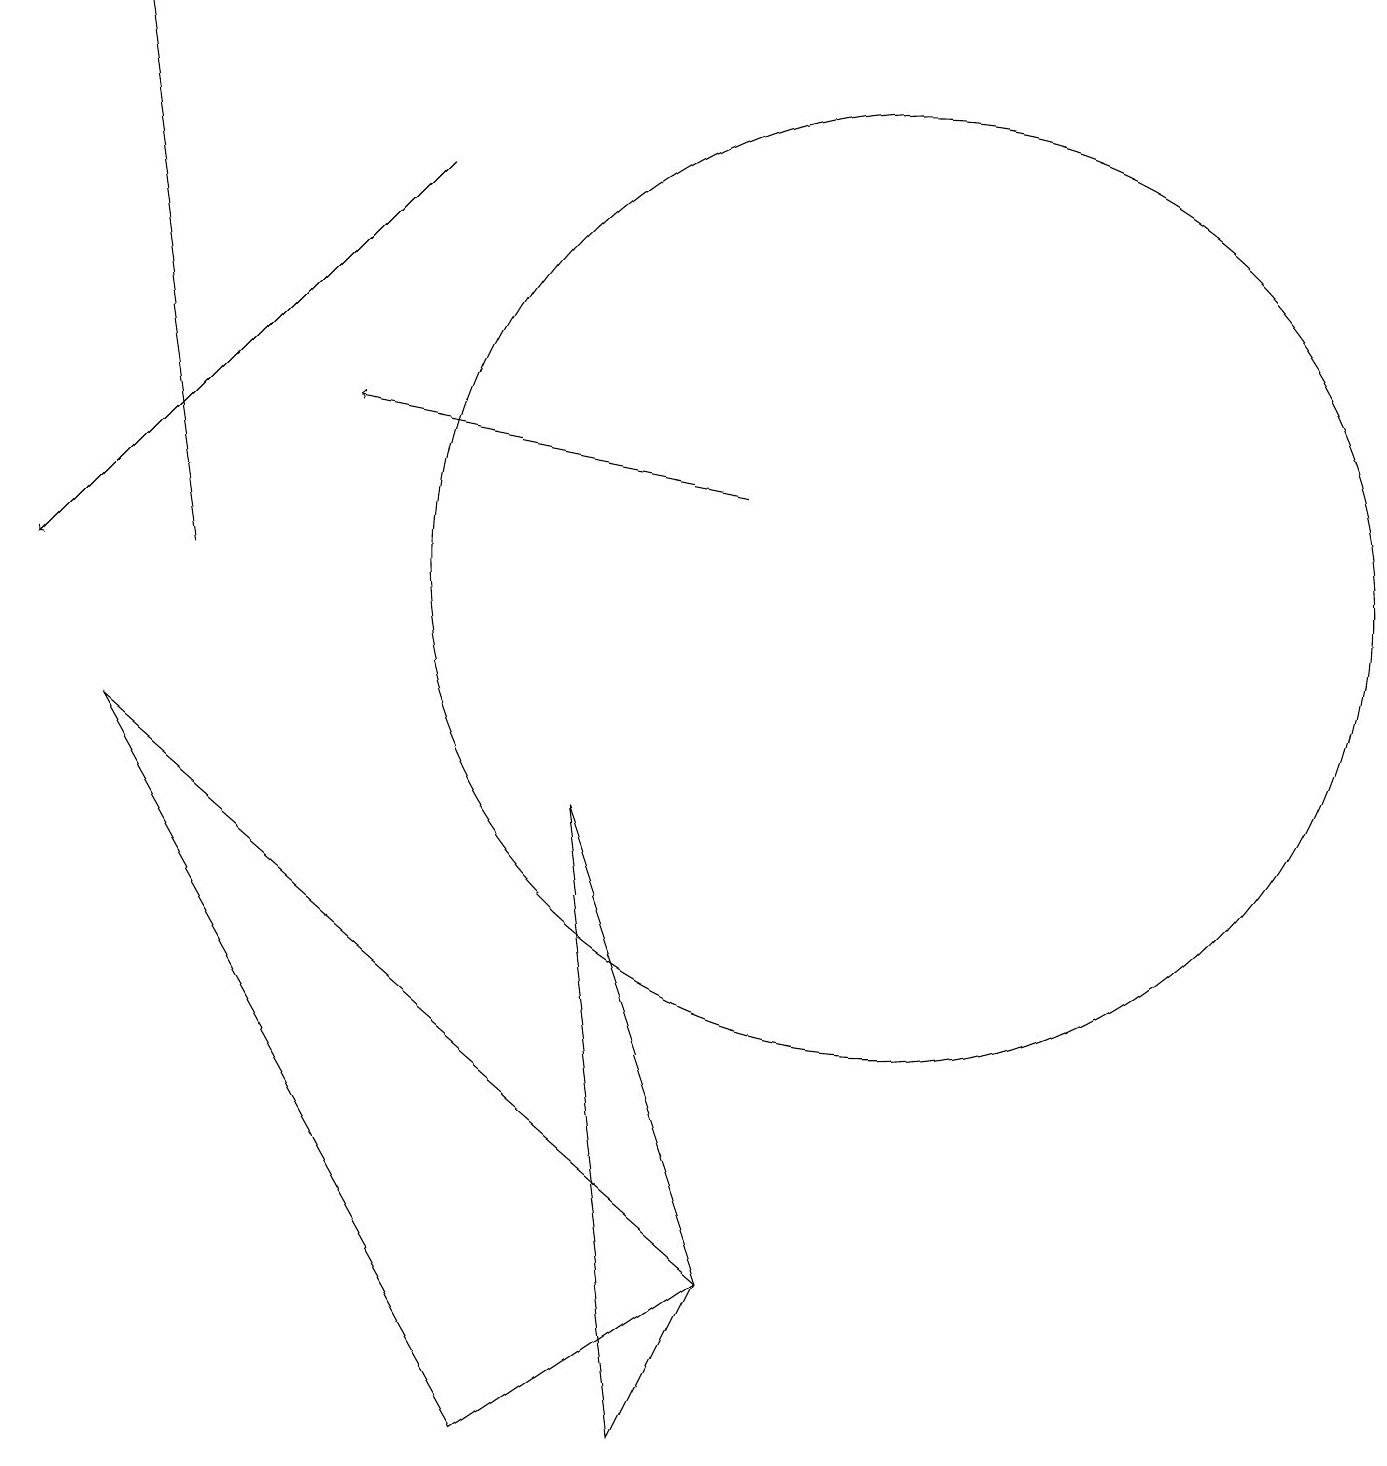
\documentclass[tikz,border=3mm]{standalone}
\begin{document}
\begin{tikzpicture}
\draw[->] (5,16) -- (0,11);
\draw[->] (2,11) -- (1,18);
\draw[->] (9,12) -- (4,13);
\draw (1,9) -- (6,0) -- (9,2) -- cycle;
\draw (8,0) -- (7,8) -- (9,2) -- cycle;
\draw (11,11) circle (6);
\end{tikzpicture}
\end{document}